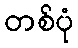
တစ်ပုံ